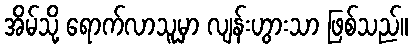
အိမ်သို့ ရောက်လာသူမှာ လျန်းဟွားသာ ဖြစ်သည်။